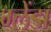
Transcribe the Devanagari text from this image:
ग्लेंडा